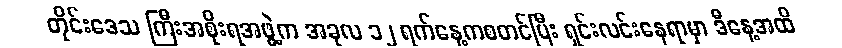
တိုင်းဒေသ ကြီးအစိုးရအဖွဲ့က အခုလ ၁၂ ရက်နေ့ကစတင်ပြီး ရှင်းလင်းနေရာမှာ ဒီနေ့အထိ